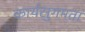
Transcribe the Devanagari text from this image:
कार्यसुगमता